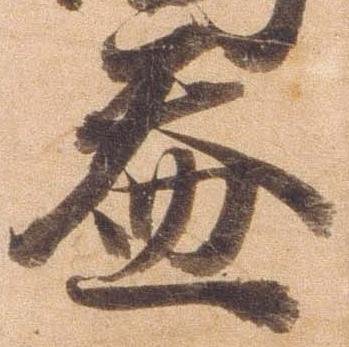
益